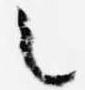
之